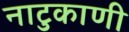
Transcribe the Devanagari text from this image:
नाटुकाणी